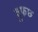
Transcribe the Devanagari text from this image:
वुफछ